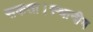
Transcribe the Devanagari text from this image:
सकता।स्थानीय